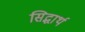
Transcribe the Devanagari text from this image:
सिद्धार्थ